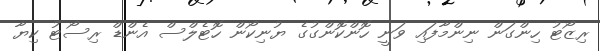
ރިޒޯޓު ހިންގަން ނިންމާފައި ވަނީ ހޮންކޮންގުގެ ޔުނިކޯން ހޮޓެލްސް އެންޑް ރިސޯޓު ކިޔާ